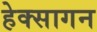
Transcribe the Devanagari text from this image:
हेक्सागन